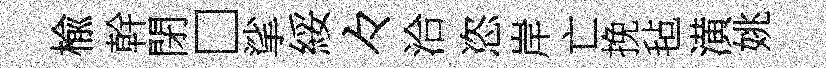
楡幹閉□挲綏々洽恣岸亡挽毡潢姚